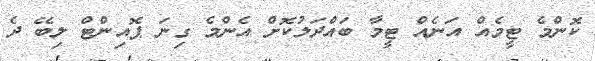
ކޮންމެ ޓީމެއް އަނެއް ޓީމާ ބައްދަލުކޮށް އެންމެ ގިނަ ޕޮއިންޓް ލިބޭ ދެ